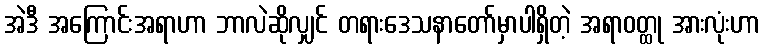
အဲဒီ အကြောင်းအရာဟာ ဘာလဲဆိုလျှင် တရားဒေသနာတော်မှာပါရှိတဲ့ အရာဝတ္ထု အားလုံးဟာ